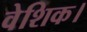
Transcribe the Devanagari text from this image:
वेशिक।